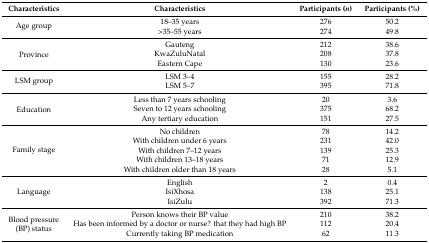
<table><thead><tr><td><b>Characteristics</b></td><td><b>Characteristics</b></td><td><b>Participants (<i>n</i>)</b></td><td><b>Participants (%)</b></td></tr></thead><tbody><tr><td rowspan="2">Age group</td><td>18–35 years</td><td>276</td><td>50.2</td></tr><tr><td>&gt;35–55 years</td><td>274</td><td>49.8</td></tr><tr><td rowspan="3">Province</td><td>Gauteng</td><td>212</td><td>38.6</td></tr><tr><td>KwaZuluNatal</td><td>208</td><td>37.8</td></tr><tr><td>Eastern Cape</td><td>130</td><td>23.6</td></tr><tr><td rowspan="2">LSM group</td><td>LSM 3–4</td><td>155</td><td>28.2</td></tr><tr><td>LSM 5–7</td><td>395</td><td>71.8</td></tr><tr><td rowspan="3">Education</td><td>Less than 7 years schooling</td><td>20</td><td>3.6</td></tr><tr><td>Seven to 12 years schooling</td><td>375</td><td>68.2</td></tr><tr><td>Any tertiary education</td><td>151</td><td>27.5</td></tr><tr><td rowspan="5">Family stage</td><td>No children</td><td>78</td><td>14.2</td></tr><tr><td>With children under 6 years</td><td>231</td><td>42.0</td></tr><tr><td>With children 7–12 years</td><td>139</td><td>25.3</td></tr><tr><td>With children 13–18 years</td><td>71</td><td>12.9</td></tr><tr><td>With children older than 18 years</td><td>28</td><td>5.1</td></tr><tr><td rowspan="3">Language</td><td>English</td><td>2</td><td>0.4</td></tr><tr><td>IsiXhosa</td><td>138</td><td>25.1</td></tr><tr><td>IsiZulu</td><td>392</td><td>71.3</td></tr><tr><td rowspan="3">Blood pressure (BP) status</td><td>Person knows their BP value</td><td>210</td><td>38.2</td></tr><tr><td>Has been informed by a doctor or nurse? that they had high BP </td><td>112</td><td>20.4</td></tr><tr><td>Currently taking BP medication</td><td>62</td><td>11.3</td></tr></tbody></table>